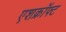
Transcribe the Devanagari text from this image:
एशक्रॉफ्ट